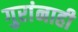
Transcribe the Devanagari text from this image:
गुरांनाही